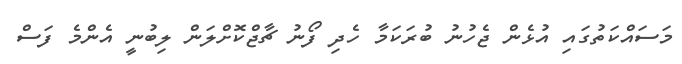
މަސައްކަތުގައި އުޅެން ޖެހުނު ބުރަކަމާ ހެދި ފޯނު ޗާޖްކޮށްލަން ލިބުނީ އެންމެ ފަސް